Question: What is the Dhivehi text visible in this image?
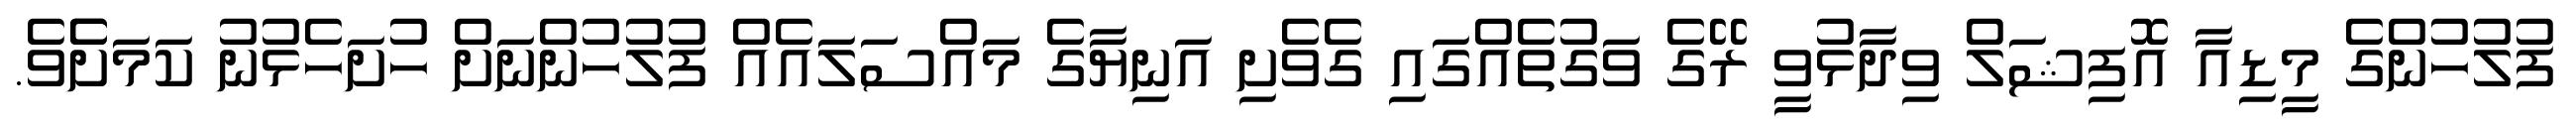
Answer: ފުލުހުންގެ މީޑިއާ އޮފިޝަލް ވިދާޅުވީ ރޭގެ ވަގުތެއްގައި ގެވެށި އަނިޔާގެ މައްސަލައެއް ފުލުހުންނަށް ހުށަހެޅުނު ކަމަށެެވެ.